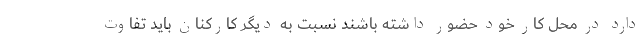
دارد در محل کار خود حضور داشته باشند نسبت به دیگر کارکنان باید تفاوت